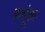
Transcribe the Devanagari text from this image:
सभूंताः